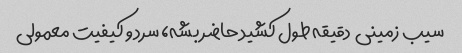
سیب زمینی  دقیقه طول کشید حاضر بشه، سرد و کیفیت معمولی